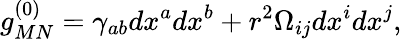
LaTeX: g_{MN}^{(0)}=\gamma_{ab}dx^{a}dx^{b}+r^{2}\Omega_{ij}dx^{i}dx^{j},